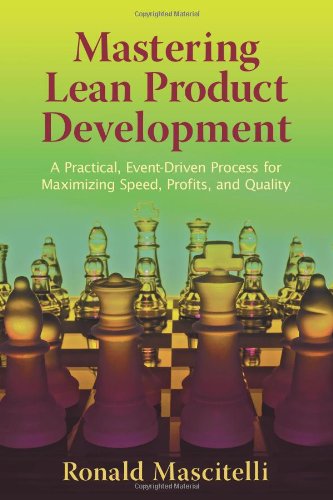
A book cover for Mastering Lean Product Development: A Practical, Event-Driven Process for Maximizing Speed, Profits, and Quality; Ronald Mascitelli; Business & Money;